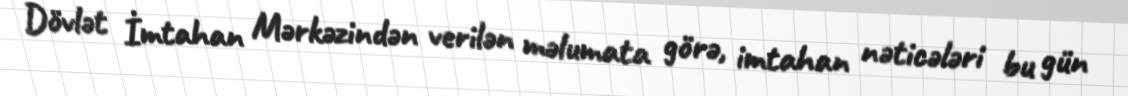
Dövlət İmtahan Mərkəzindən verilən məlumata görə, imtahan nəticələri bu gün